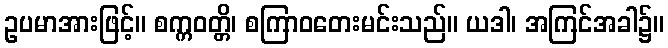
ဥပမာအားဖြင့်။ စက္ကဝတ္တိ၊ စကြာဝတေးမင်းသည်။ ယဒါ၊ အကြင်အခါ၌။